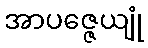
အာပဇ္ဇေယျုံ